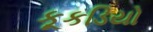
કૂકડિયો